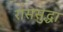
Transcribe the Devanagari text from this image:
राससुद्धा